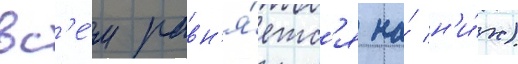
вс'е́м равн'я́етс'я на́ н'и́х)